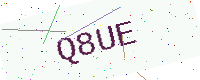
Text: Q8UE